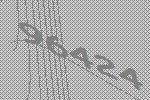
96424